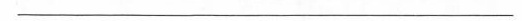
___